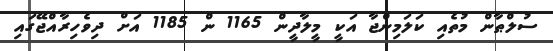
ސުލްޠާން މުތެއި ކަލަމިންޖާ އަކީ މީލާދީން 1165 ން 1185 އަށް ދިވެހިރާއްޖޭގައި